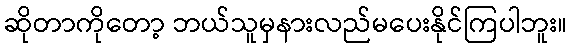
ဆိုတာကိုတော့ ဘယ်သူမှနားလည်မပေးနိုင်ကြပါဘူး။